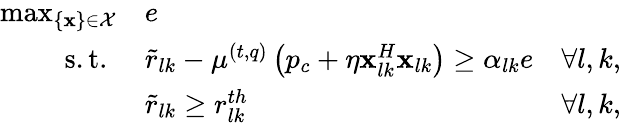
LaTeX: \begin{array}{rlr}{\operatorname*{max}_{\{ \mathbf{x}\} \in\mathcal{X}}}&{e}\\ {\mathrm{s.t.}\, \, }&{\tilde{r}_{lk}-\mu^{(t,q)}\left(p_{c}+\eta\mathbf{x}_{lk}^{H}\mathbf{x}_{lk}\right)\geq\alpha_{lk}e}&{\forall l,k,}\\ &{\tilde{r}_{lk}\geq r_{lk}^{th}}&{\forall l,k,}\end{array}